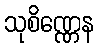
သုစိဏ္ဏေန